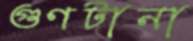
গুণটানা